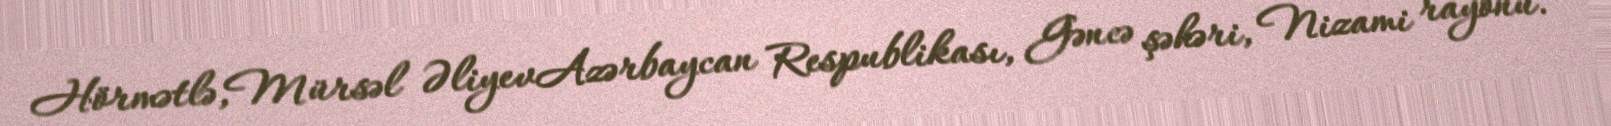
Hörmətlə,Mürsəl ƏliyevAzərbaycan Respublikası, Gəncə şəhəri, Nizami rayonu.